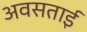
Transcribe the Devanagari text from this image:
अवसताई